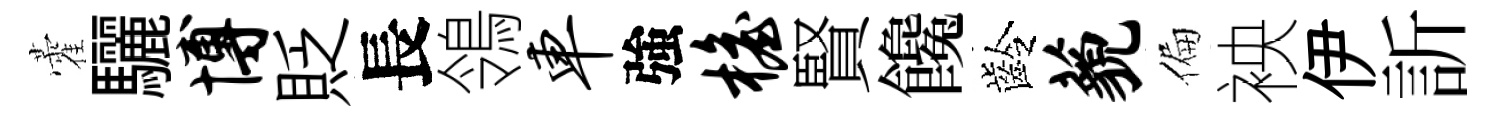
藿驪博貶長鴒车強檐賢饞齡藐偏䘧伊訢